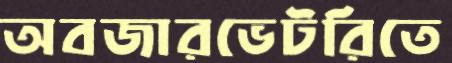
অবজারভেটরিতে